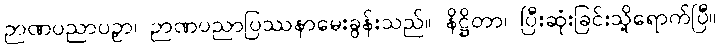
ဉာဏပညာပဉှာ၊ ဉာဏပညာပြဿနာမေးခွန်းသည်။ နိဋ္ဌိတာ၊ ပြီးဆုံးခြင်းသို့ရောက်ပြီ။